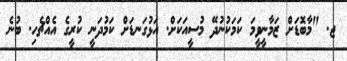
ޖ. "މާބޮޑަށް ޒަމާނީވީމަ ކަމަކުނުދޭ މުސީއަކަށް. އަޅުގަނޑަށް ކަމުދަނީ ކުރީގެ އެއްޗެހި. ބުނެ